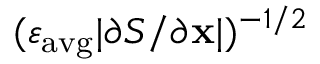
( \varepsilon _ { \mathrm { a v g } } | \partial S / \partial \mathbf { x } | ) ^ { - 1 / 2 }